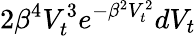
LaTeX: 2\beta^{4}V_{t}^{3}e^{-\beta^{2}V_{t}^{2}}dV_{t}